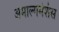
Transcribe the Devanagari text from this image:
अमाल्गमेशंस